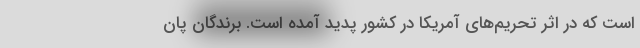
است که در اثر تحریم‌های آمریکا در کشور پدید آمده است. برندگان پان